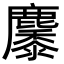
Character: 𪋩